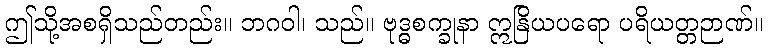
ဤသို့အစရှိသည်တည်း။ ဘဂဝါ၊ သည်။ ဗုဒ္ဓစက္ခုနာ ဣနြိယပရော ပရိယတ္တဉာဏ်။